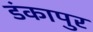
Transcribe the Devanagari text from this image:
डंकापुर